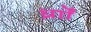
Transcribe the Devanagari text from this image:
र्ध्रााेंं